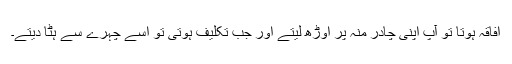
افاقہ ہوتا تو آپ اپنی چادر منہ پر اوڑھ لیتے اور جب تکلیف ہوتی تو اسے چہرے سے ہٹا دیتے۔